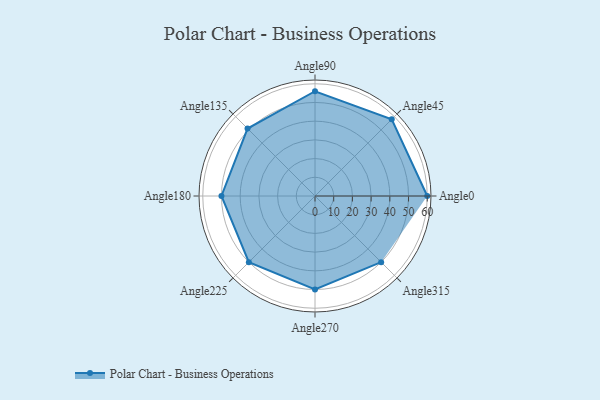
{"axis": {"x": "Angle", "y": "Radius"}, "legend": [""], "data": [{"x": "Angle0", "y": 60.0, "type": ""}, {"x": "Angle45", "y": 58.0, "type": ""}, {"x": "Angle90", "y": 56.0, "type": ""}, {"x": "Angle135", "y": 51.0, "type": ""}, {"x": "Angle180", "y": 50, "type": ""}, {"x": "Angle225", "y": 50, "type": ""}, {"x": "Angle270", "y": 50, "type": ""}, {"x": "Angle315", "y": 50, "type": ""}]}